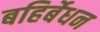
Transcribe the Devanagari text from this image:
बहिर्बेधन